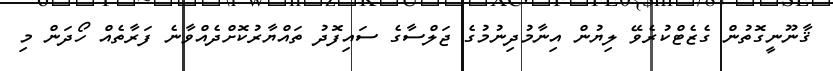
ޤާނޫނީގޮތުން ގެޒެޓްކުރެވޭ ލިޔުން އިނާމުދިނުމުގެ ޖަލްސާގެ ސައިފޮދު ތައްޔާރުކޮށްދެއްވާނެ ފަރާތެއް ހޯދަން މި